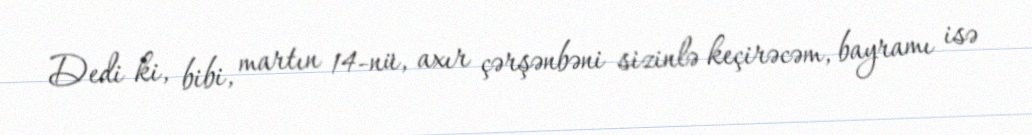
Dedi ki, bibi, martın 14-nü, axır çərşənbəni sizinlə keçirəcəm, bayramı isə